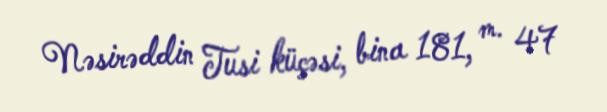
Nəsirəddin Tusi küçəsi, bina 181, m. 47